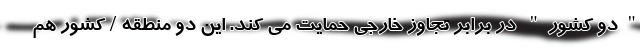
"دو کشور" در برابر تجاوز خارجی حمایت می کند. این دو منطقه / کشور هم